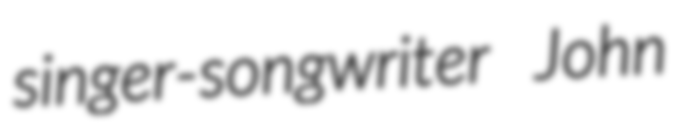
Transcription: singer-songwriter John